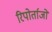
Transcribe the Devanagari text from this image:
रिपोर्ताजों